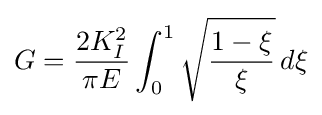
G={\frac {2K_{I}^{2}}{\pi E}}\int _{0}^{1}{\sqrt {\frac {1-\xi }{\xi }}}\,d\xi